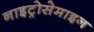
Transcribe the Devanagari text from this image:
नाइट्रोसेमाइन